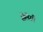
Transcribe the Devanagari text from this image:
सैलेसी